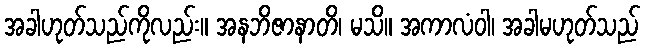
အခါဟုတ်သည်ကိုလည်း။ အနဘိဇာနာတိ၊ မသိ။ အကာလံဝါ၊ အခါမဟုတ်သည်